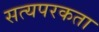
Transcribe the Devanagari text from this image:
सत्यपरकता